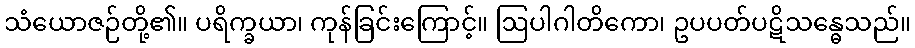
သံယောဇဉ်တို့၏။ ပရိက္ခယာ၊ ကုန်ခြင်းကြောင့်။ ဩပါဂါတိကော၊ ဥပပတ်ပဋိသန္ဓေသည်။